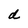
Character: d